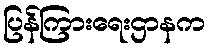
ပြန်ကြားရေးဌာနက